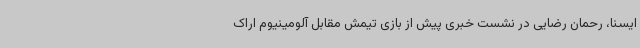
ایسنا، رحمان رضایی در نشست خبری پیش از بازی تیمش مقابل آلومینیوم اراک